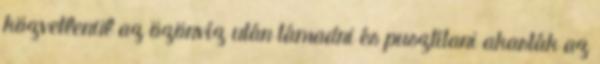
közvetlenül az özönvíz után támadni és pusztítani akarták az